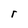
Character: r